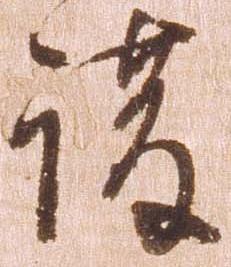
護